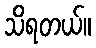
သိရတယ်။